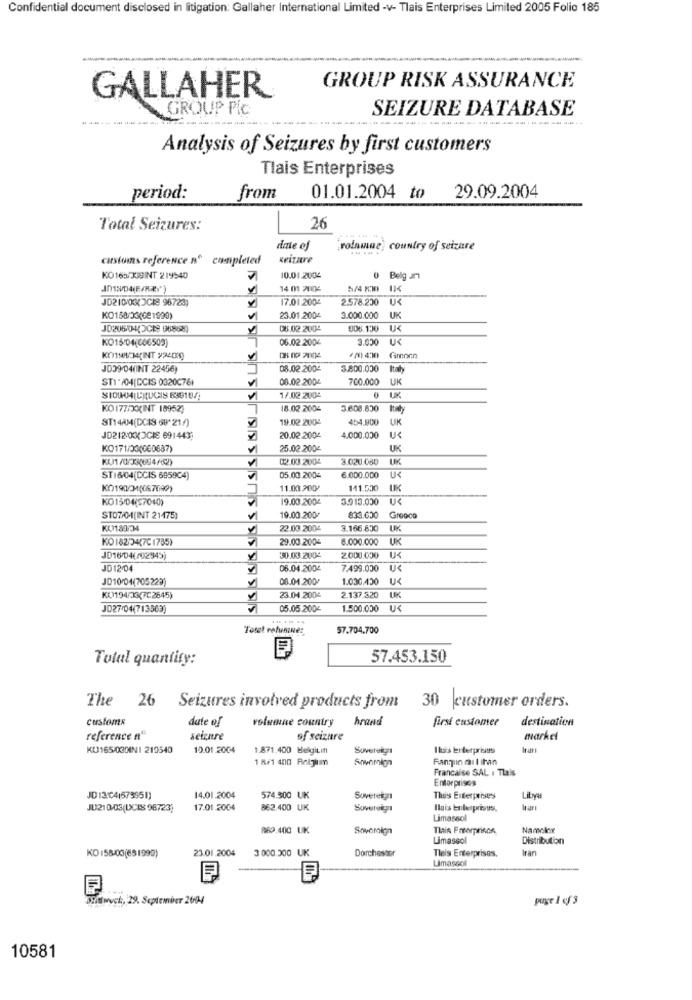
Confidential document disclosed in litigation: Gallaher International Limited -v- Tlais Enterprises Limited 2005 Folio 185
GROUP RISK ASSURANCE
GALLAHER
GROUP PIC
SEIZURE DATABASE
--------
--...
Analysis of Seizures by first customers
Tlais Enterprises
period:
from
01.01.2004 to
29.09.2004
Total Seizures:
26
date of
rolamae) country of seizure
castuns reference nº completed
ISSUK JKSKES
Reizare
KO165/X39INT 219540
10.01.2004
0 Belg Jn
14 0 2004
5/4 80
JD21003(JCIE 98723)
17.01.2004
2.578.200 U<
KO188/33(021990)
23.01.2004
3.000.000
UK
08.02.2004
006.130
KO15'04(606503)
06.02.2004
3.000
U<
Gmorn
JD39/04(INT 22456)
08.02.2004
3.800.000
Italy
STI-AM(CCIS 0320076+
08.02.2004
700.000
UK
$109-04 L)tUCIS 63910/
1/.02.2004
KO 177/XXINT 18952;
18.02.2004
3.608.830
Italy
ST14AM(DCIS 68'21/)
19.02.2004
454.800
UK
JD212XXXXJCIE 691443;
20.02.2004
4.000.000
U
KO171/33(060687)
25.02.2004
UK
KU1/0/33(654/62)
12.03.2004
3.020.080
UK
ST16/04(DCIS 6959C4)
05.03.2004
6.000.000
U<
KO190/31(087099)
11.00.200
141.500
KO15/04(57040)
19.00.2004
3.913.000
STO7/04(INT 21475)
19.00.200/
833.600
Greece
KO189/34
22.03 .2004
3.166.800
KO 182247C 1785)
29.00.2004
6.000.000
UK
JD16/04(/02945)
30.00 2004
2000.000 U4
JD12/04
06.04.2004
7.499.000
US
JD10/04(705223)
08.04.200/
1.030.430
U
KO194/33(7C2645)
1
23.04.2004
2.137,520
UK
JD27/04(713563)
05.05.200-
1.500.000 U<
Total refunines
57.704.700
Total quantity:
57.453.150
The 26 Seizures involved products from
30 customer orders.
customs
date of
volumine country hrand
first customer
destination
reference nº
seizure
of seizure
market
KU165/03NINI 219540
10.01.2004
1.871.400 Belgitifi
Sovereign
Ikus Enterprises
1 8/1 400 Roljim
Fangun militan
Francaise SAL I Tlais
Enterprises
JD 13:04(673951)
14.01.2004
574.500 UK
Sovereign
This Enterprises
Libya
JU210-03(DCIS 96723)
17.01.2004
862.400 UK
Sovereign
Iluis Enlerprisus.
Limassol
869 400 UK
Sovereign
Thais Freerprince
Nameler
Limassol
Distribution
23.01.2004
3 000.300 UK
Tleis Enterprises.
Iran
KO 158/03(651999)
Dorchester
Limassol
Dittwych :, 29. September 2004
page 1 of 3
10581